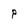
Character: P